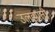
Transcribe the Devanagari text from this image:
उलझाती